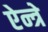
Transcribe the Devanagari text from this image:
ऐन्त्रे